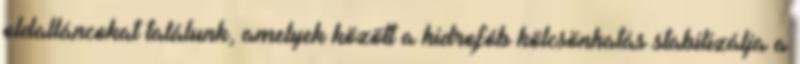
oldalláncokat találunk, amelyek között a hidrofób kölcsönhatás stabilizálja a